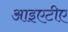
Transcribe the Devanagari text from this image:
आइएटीए